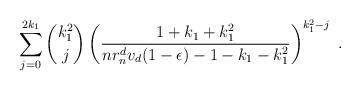
LaTeX: \begin{align*} \sum_{j=0}^{2k_1} \binom{k_1^2}{j} \left(\frac{1+k_1+k_1^2}{nr_n^d v_d(1-\epsilon)-1-k_1-k_1^2}\right)^{k_1^2-j}~.\end{align*}